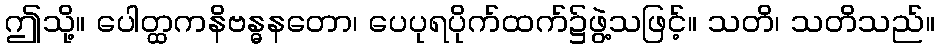
ဤသို့။ ပေါတ္ထကနိဗန္ဓနတော၊ ပေပုရပိုက်ထက်၌ဖွဲ့သဖြင့်။ သတိ၊ သတိသည်။